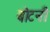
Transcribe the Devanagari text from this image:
बोटनी